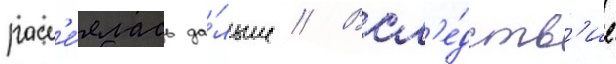
расс'е́ялась да́льше // Всл'е́дств'ие